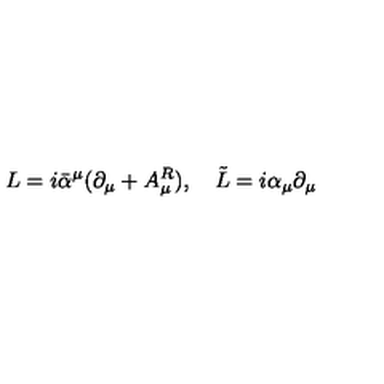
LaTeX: L = i \bar { \alpha } ^ { \mu } ( \partial _ { \mu } + A _ { \mu } ^ { R } ) , \quad \tilde { L } = i \alpha _ { \mu } \partial _ { \mu }